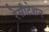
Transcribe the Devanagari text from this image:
रेसीटेशन